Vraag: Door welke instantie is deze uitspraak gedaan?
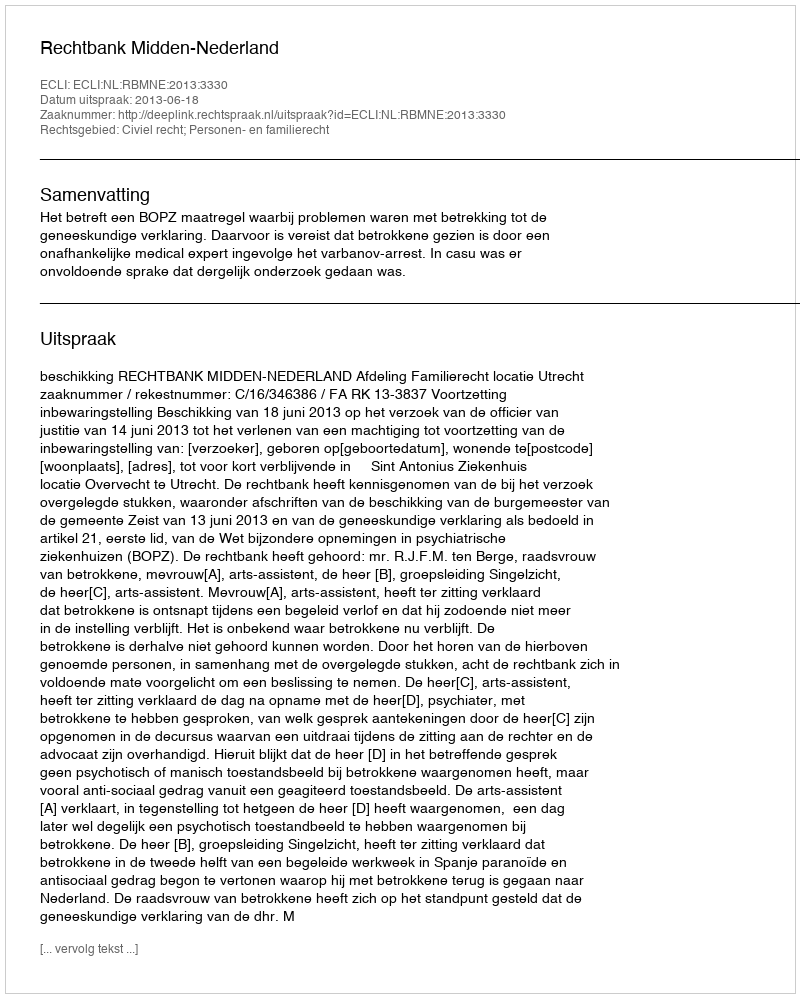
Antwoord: Rechtbank Midden-Nederland